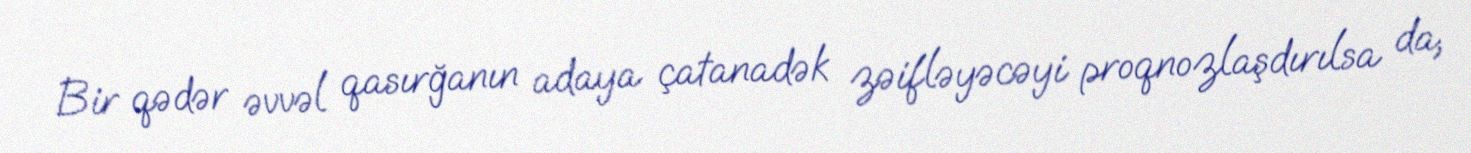
Bir qədər əvvəl qasırğanın adaya çatanadək zəifləyəcəyi proqnozlaşdırılsa da,